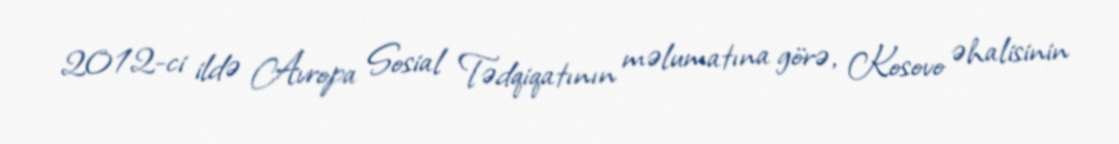
2012-ci ildə Avropa Sosial Tədqiqatının məlumatına görə, Kosovo əhalisinin